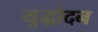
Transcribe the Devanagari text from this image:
युद्धोदन